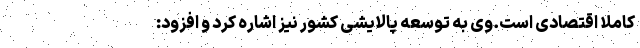
کاملا اقتصادی است.وی به توسعه پالایشی کشور نیز اشاره کرد و افزود:‌